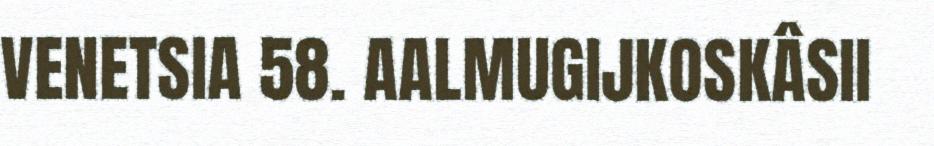
VENETSIA 58. AALMUGIJKOSKÂSII